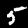
Digit: 5